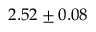
2 . 5 2 \pm 0 . 0 8